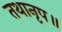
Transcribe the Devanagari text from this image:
तथानृप॥